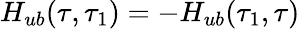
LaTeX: H_{ub}(\tau,\tau_{1})=-H_{ub}(\tau_{1},\tau)